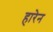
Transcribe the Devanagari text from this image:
हारेन